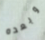
وبعده